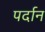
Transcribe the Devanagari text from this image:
पर्दान